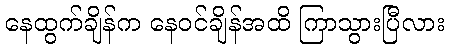
နေထွက်ချိန်က နေဝင်ချိန်အထိ ကြာသွားပြီလား